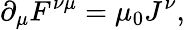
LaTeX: \partial_{\mu}F^{\nu\mu}=\mu_{0}J^{\nu},